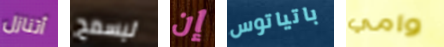
أتنازل ليسمح إن باتياتوس وامي